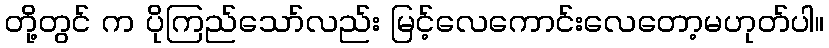
တို့တွင် က ပိုကြည်သော်လည်း မြင့်လေကောင်းလေတော့မဟုတ်ပါ။